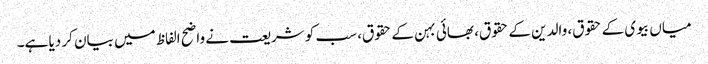
میاں بیوی کے حقوق، والدین کے حقوق، بھائی بہن کے حقوق، سب کو شریعت نے واضح الفاظ میں بیان کر دیا ہے۔